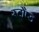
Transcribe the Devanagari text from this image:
स्टौप्ड